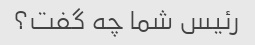
رئیس شما چه گفت؟